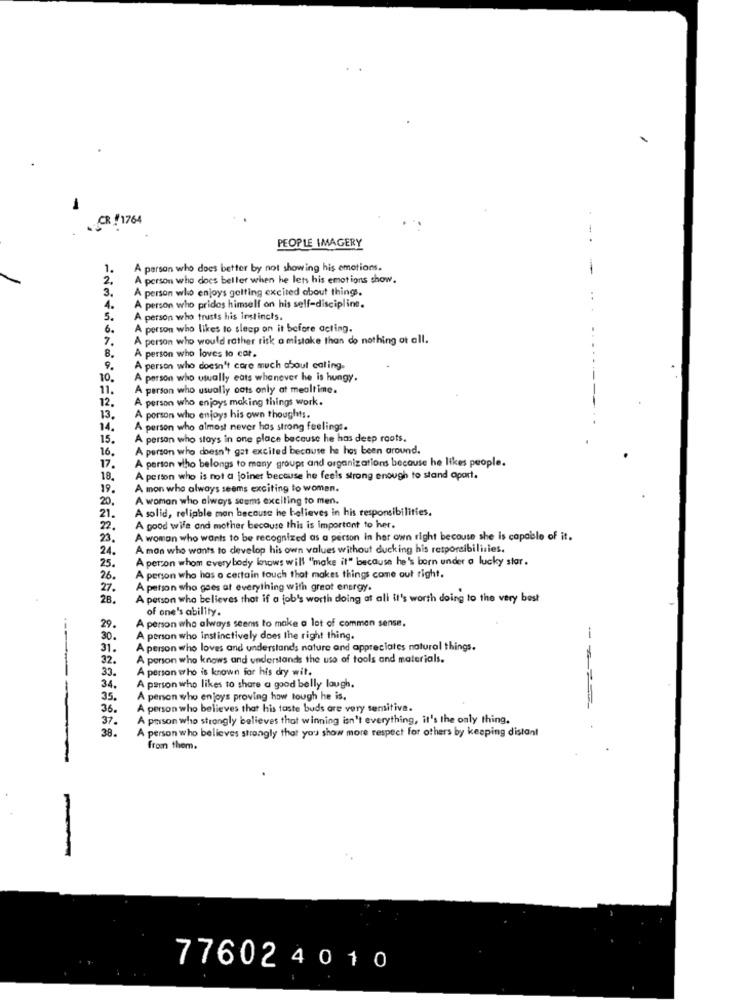
-
CR : 1764
PEOPLE IMAGERY
-.
1.
A person who does better by not showing his emotions.
-
2.
person who does beller when he lets his emotions show.
person who enjoys getting excited about things.
3.
4.
person who prides himself on his self-discipline.
5.
A person who trusts his instincts.
6.
A person who likes to sleep on it before acting.
7.
person who would rather risk a mistake than do nothing at all.
8.
person who loves to cat.
9.
A person who doesn't core much about caling.
10 .
A person who usually eats whenever he is hungy.
11.
person who usually oats only at mealtime.
A person who enjoys making things work.
12.
13.
A person who enjoys his own thoughts.
14.
A person who almost never has strong feelings.
15.
A person who stays in one place because he has deep roots.
16.
A person who doesn't gat excited because he has been around.
A person who belongs to many groups and organizations because he likes people.
17.
18,
A person who is not a joiner because he feels strong enough to stand apart.
19.
A mon who always seems exciting to women.
A woman who always seems exciting to men.
20.
A solid, reliable man because he believes in his responsibilities.
21.
2.
A good wife and mother because this is important to her.
23.
A woman who wants to be recognized as a person in her own right because she is capable of it.
A man who wants to develop his own values without ducking his responsibilities.
24.
A person whom everybody knows will "make it" because he's born under a lucky star.
25.
26.
A person who has a certain touch that makes things come out right.
27.
A person who goes at everything with great energy.
28.
A person who believes that if a job's worth doing at all it's worth doing to the very best
of one's ability.
A person who always seems to make a lot of common sense.
29.
30.
A person who instinctively does the right thing.
31 .
A person who loves and understands nature and appreciates natural things.
32.
A person who knows and understands the use of tools and materials.
35.
A person who is known for his dry wit.
34.
A person who likes to share a good belly laugh.
35 .
A person who enjoys proving how tough he is.
36 .
A person who believes that his taste buds are very semitiva.
-------
37.
A person who strongly believes that winning isn't everything, it's the only thing.
38.
A person who believes strongly that you show more respect for others by keeping distant
from them.
-
776024010